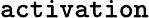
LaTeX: \mathtt{activation}